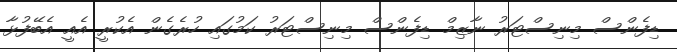
ޑިފެންސް މިނިސްޓަރު ނާޒިމް ޑިފެންސް މިނިސްޓަރު ކަމުގައި ހުރެގެން އެކުރީ އެއީ އެބޭފުޅާ